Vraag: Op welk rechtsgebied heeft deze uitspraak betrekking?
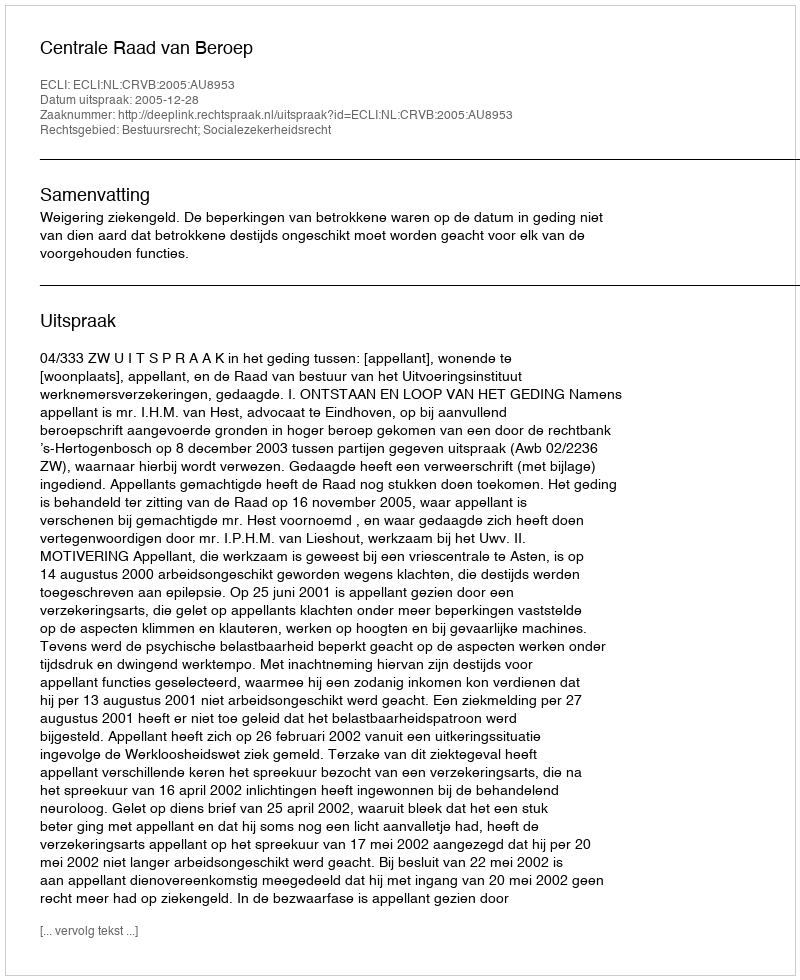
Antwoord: Bestuursrecht; Socialezekerheidsrecht